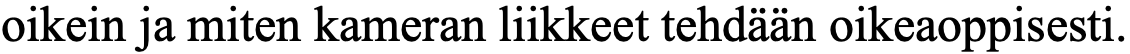
oikein ja miten kameran liikkeet tehdään oikeaoppisesti.